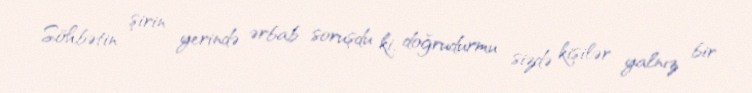
Söhbətin şirin yerində ərbab soruşdu ki, doğrudurmu sizdə kişilər yalnız bir